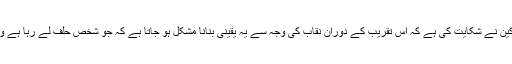
کینیڈین وزیر کا کہنا تھا کہ حلف لینے والے ججوں اور کئی اراکین نے شکایت کی ہے کہ اس تقریب کے دوران نقاب کی وجہ سے یہ یقینی بنانا مشکل ہو جاتا ہے کہ جو شخص حلف لے رہا ہے وہ حقیقت میں وہی ہے جس کے کاغذات ان کے پاس موجود ہیں۔